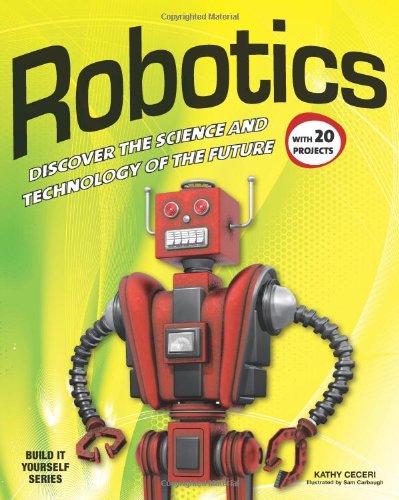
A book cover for Robotics: DISCOVER THE SCIENCE AND TECHNOLOGY OF THE FUTURE with 20 PROJECTS (Build It Yourself); Kathy Ceceri; Children's Books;